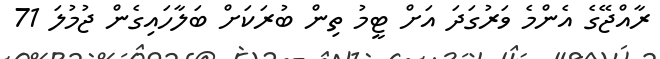
ރާއްޖޭގެ އެންމެ ވަރުގަދަ އަށް ޓީމު ތިން ބުރަކަށް ބަލާހައިގެން ޖުމުލަ 71